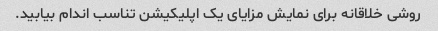
روشی خلاقانه برای نمایش مزایای یک اپلیکیشن تناسب اندام بیابید.